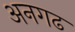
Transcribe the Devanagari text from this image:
अनगढ